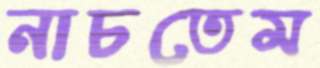
নাচতেম